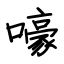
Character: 嚎